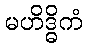
မဟိဒ္ဓိကံ